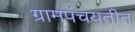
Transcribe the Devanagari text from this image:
ग्रामपंचयतीत